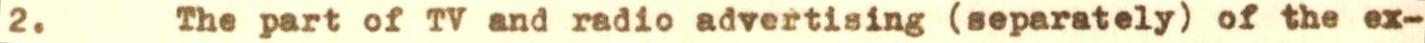
2. The part of TV and radio advertising (separately) of the ex-